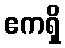
ဧကရှိ